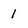
Character: 1